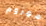
مهزوم